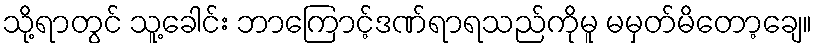
သို့ရာတွင် သူ့ခေါင်း ဘာကြောင့်ဒဏ်ရာရသည်ကိုမူ မမှတ်မိတော့ချေ။